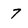
Character: 7